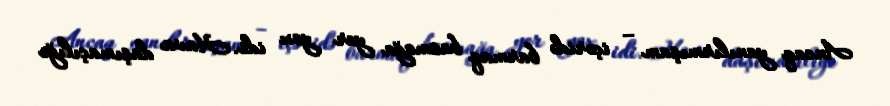
Ancaq yanılırmışam – içəridə barmaq basmağa yer yox idi. Hava daşımaçılığı